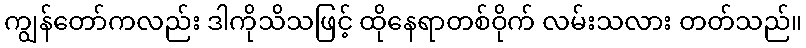
ကျွန်တော်ကလည်း ဒါကိုသိသဖြင့် ထိုနေရာတစ်ဝိုက် လမ်းသလား တတ်သည်။